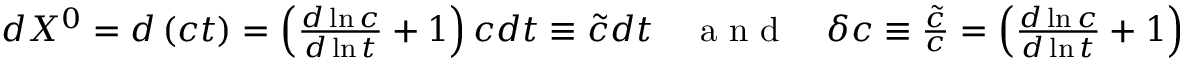
\begin{array} { r } { d X ^ { 0 } = d \left( c t \right) = \left( \frac { d \ln c } { d \ln t } + 1 \right) c d t \equiv \tilde { c } d t \quad \textrm { a n d } \quad \delta c \equiv \frac { \tilde { c } } { c } = \left( \frac { d \ln c } { d \ln t } + 1 \right) \, , } \end{array}